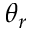
\theta _ { r }